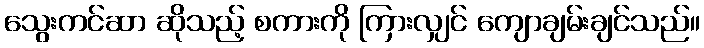
သွေးကင်ဆာ ဆိုသည့် စကားကို ကြားလျှင် ကျောချမ်းချင်သည်။